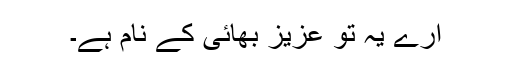
ارے یہ تو عزیز بھائی کے نام ہے۔